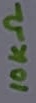
Text: 10KΩ